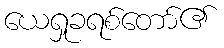
ယေရှုခရစ်တော်၏